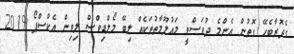
ގެދޮރާބެހޭ ގޮތުން އެންމެ ދުވަސްވީ މައުލޫމާތުތަކެއް ލިބޭ މޯލްޑިވްސް ލިވިން އެކްސްޕޯ 2019